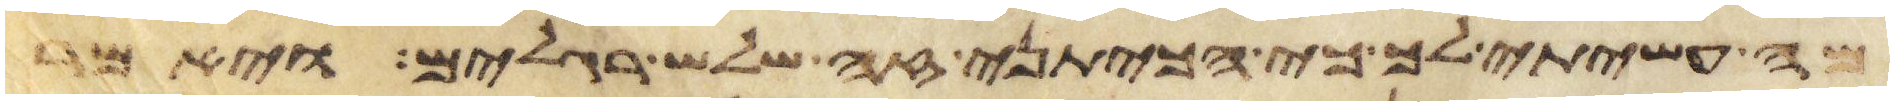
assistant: מה עשיתי לך כי הכיתני זה שלש רגלים ויאמר